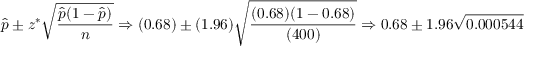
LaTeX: { \hat { p } } \pm z ^ { * } { \sqrt { \frac { { \hat { p } } ( 1 - { \hat { p } } ) } { n } } } \Rightarrow ( 0 . 6 8 ) \pm ( 1 . 9 6 ) { \sqrt { \frac { ( 0 . 6 8 ) ( 1 - 0 . 6 8 ) } { ( 4 0 0 ) } } } \Rightarrow 0 . 6 8 \pm 1 . 9 6 { \sqrt { 0 . 0 0 0 5 4 4 } }